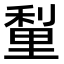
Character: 𮡗